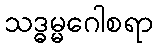
သဒ္ဓမ္မဂေါစရာ